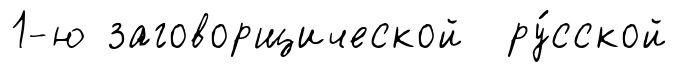
1-ю заговорщической ру́сской